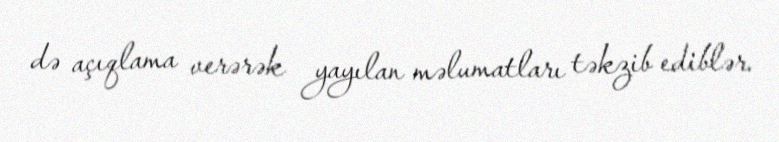
də açıqlama verərək yayılan məlumatları təkzib ediblər.